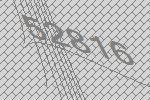
52816